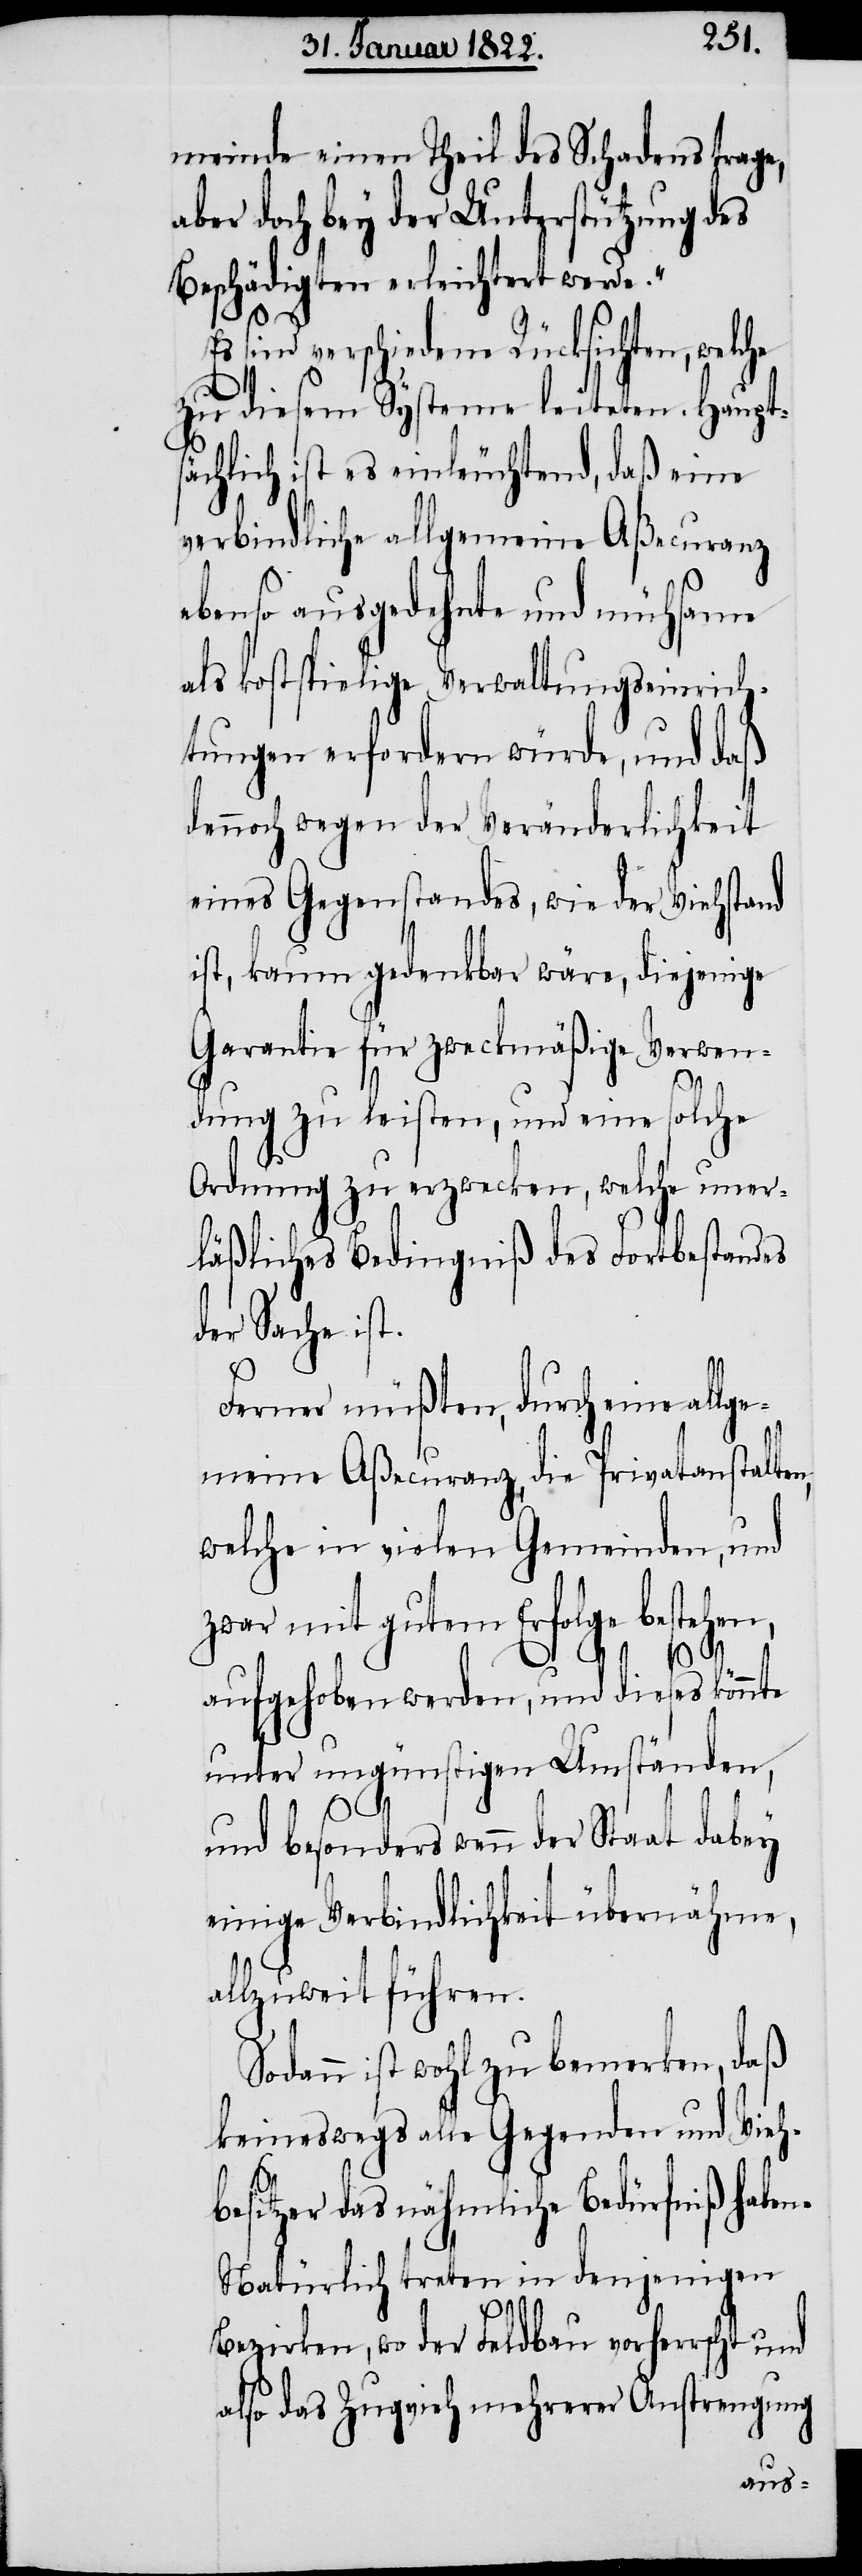
meinde einen Theil des Schadens trage,
aber doch bey der Unterstützung des
Beschädigten erleichtert werde.“
sind verschiedene Rücksichten, welche
zu diesem Systeme leiteten. Haupts¬
ächlich ist es einleuchtend, daß eine
verbindliche allgemeine Aßecuranz
ebenso ausgedehnte und mühsame
als kostspielige Verwaltungseinrich¬
tungen erfordern würde, und daß
dennoch wegen der Veränderlichkeit
eines Gegenstandes, wie der Viehstand
ist, kaum gedenkbar wäre, diejenige
Garantie für zweckmäßige Verwen¬
dung zu leisten, um eine solche
Ordnung zu erzwecken, welche uner¬
läßliches Bedingniß des Fortbestandes
der Sache ist.
Ferner müßten durch eine all¬
meine Aßecuranz, die Privatanstalten,
welche in vielen Gemeinden, und
zwar mit gutem Erfolge bestehen,
aufgehoben werden, und dieses könnte
unter ungünstigen Umständen,
Es
und besonders wenn der Staat dabey
einige Verbindlichkeit übernähme,
allzuweit führen.
daß
Sodann ist wohl zu bemerken,
keineswegs alle Gegenden und Vieh¬
besitzer das nähmliche Bedürfniß haben.
Natürlich treten in denjenigen
ge¬
Bezirken, wo der Feldbau vorherrscht und
also das Zugvieh mehrerer Anstrengung